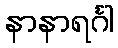
နာနာရင်္ဂါ